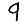
Digit: 9